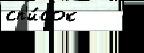
сп'и́сок